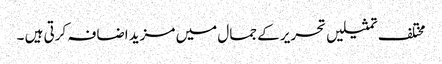
مختلف تمثیلیں تحریر کے جمال میں مزید اضافہ کرتی ہیں ۔